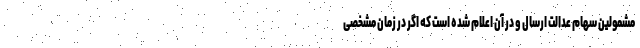
مشمولین سهام عدالت ارسال و در آن اعلام شده است که اگر در زمان مشخصی